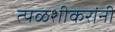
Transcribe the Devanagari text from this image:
त्पळशीकरांनी